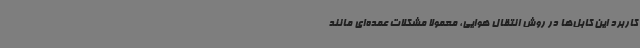
کاربرد این کابل‌ها در روش انتقال هوایی، معمولاً مشکلات عمده‌ای مانند